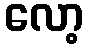
လော့